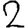
Digit: 2